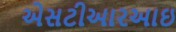
એસટીઆરઆઇ